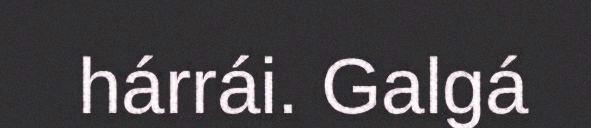
hárrái. Galgá